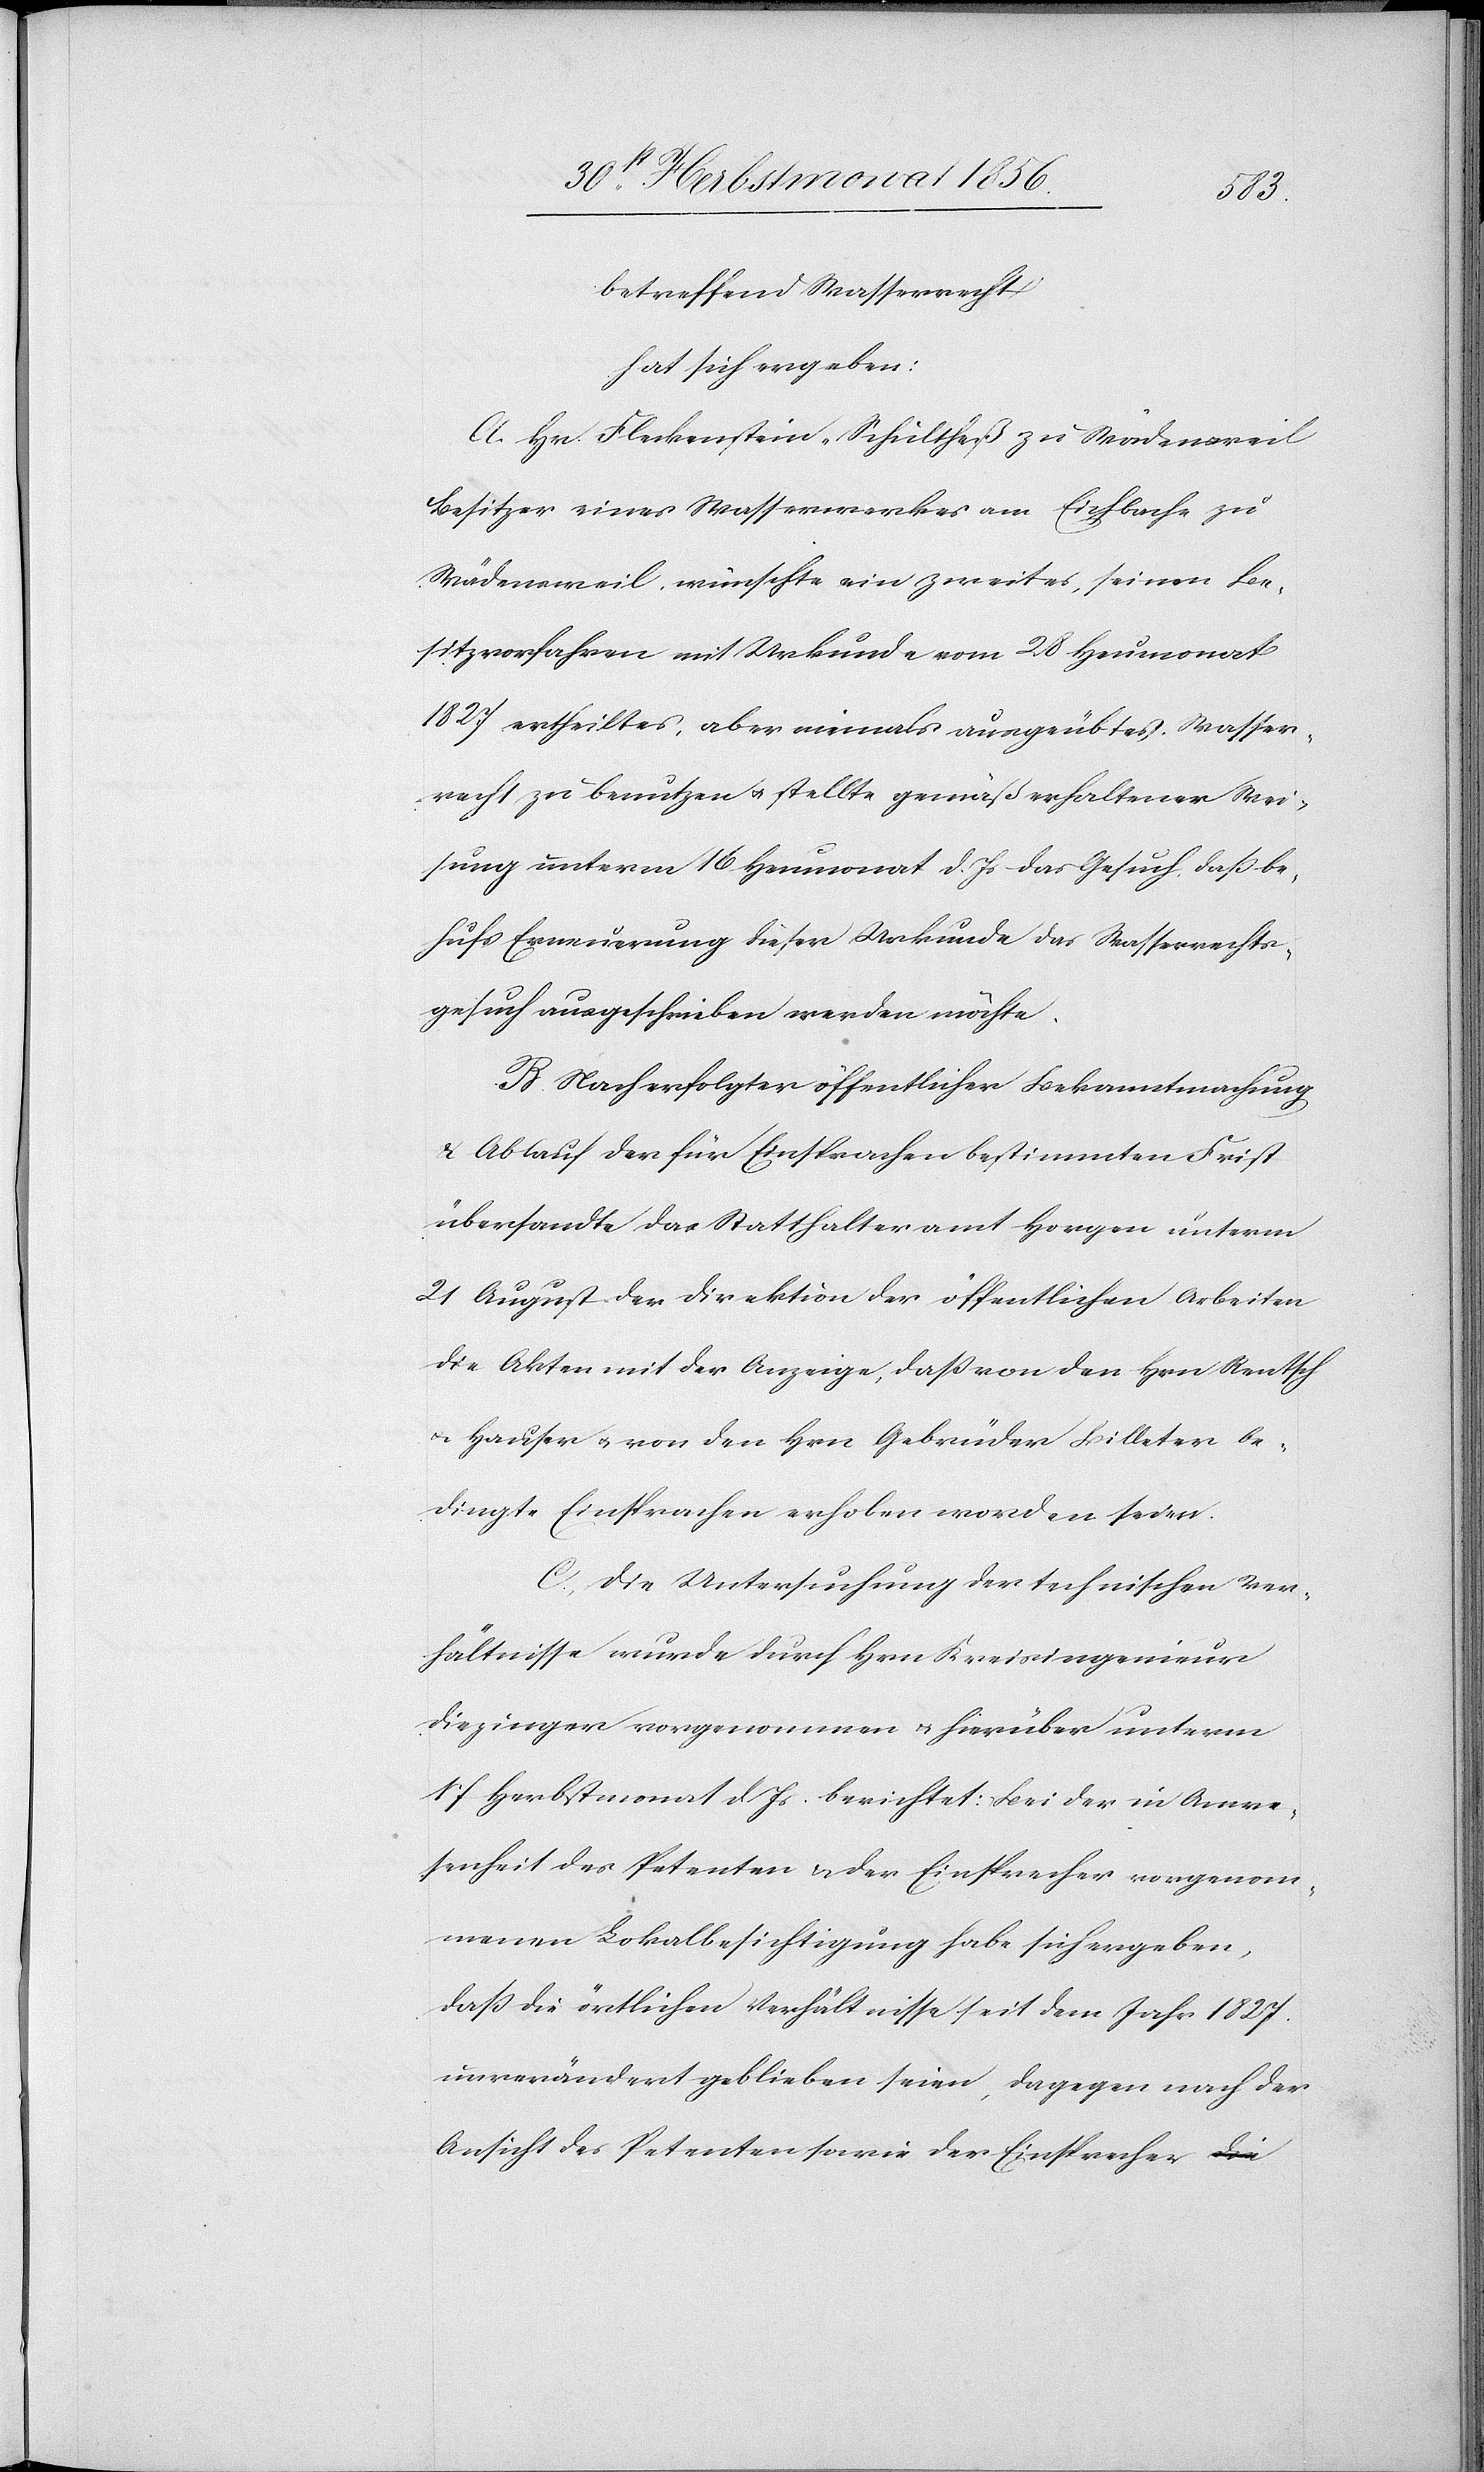
betreffend Wasserrecht
hat sich ergeben:
A. Hr. Fleckenstein-Schultheß zu Wädensweil
Besitzer eines Wasserwerkes am Eichbache zu
Wädensweil, wünschte ein zweites, seinen Be¬
sitzvorfahren mit Urkunde vom 28 Heumonat
1827 ertheiltes, aber niemals ausgeübtes Wasser¬
recht zu benutzen u. stellte gemäß erhaltener Wei¬
sung unterm 16 Heumonat d. Js das Gesuch, dass be¬
hufs Erneuerung dieser Urkunde das Wasserrechts¬
gesuch ausgeschrieben werden möchte.
B. Nach erfolgter öffentlicher Bekanntmachung
& Ablauf der für Einsprachen bestimmten Frist
übersandte das Statthalteramt Horgen unterm
21 August der Direktion der öffentlichen Arbeiten
die Akten mit der Anzeige, dass von den Hrn Rentsch
u. Hauser u. von den Hrn Gebrüder Billeter be¬
dingte Einsprachen erhoben worden seien.
C. Die Untersuchung der technischen Ver¬
hältnisse wurde durch Hrn Kreisingenieur
Diezinger vorgenommen u. hierüber unterm
17 Herbstmonat d. Js. berichtet: Bei der in Anwe¬
senheit des Petenten & der Einsprecher vorgenom¬
menen Lokalbesichtigung habe sich ergeben,
dass die örtlichen Verhältnisse seit dem Jahr 1827.
unverändert geblieben seien, dagegen nach der
Ansicht des Petenten sowie der Einsprecher